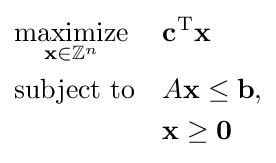
{\begin{aligned}&{\underset {\mathbf {x} \in \mathbb {Z} ^{n}}{\text{maximize}}}&&\mathbf {c} ^{\mathrm {T} }\mathbf {x} \\&{\text{subject to}}&&A\mathbf {x} \leq \mathbf {b} ,\\&&&\mathbf {x} \geq \mathbf {0} \end{aligned}}